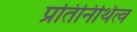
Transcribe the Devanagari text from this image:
प्रतिनिथित्व